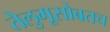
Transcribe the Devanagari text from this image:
तेलुगूसोबतच